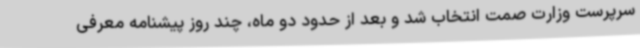
سرپرست وزارت صمت انتخاب شد و بعد از حدود دو ماه، چند روز پیشنامه معرفی